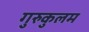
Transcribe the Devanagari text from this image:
गुरुकुलम